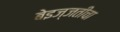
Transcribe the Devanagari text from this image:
बेइज्जतीचा